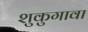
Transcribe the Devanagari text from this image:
शुकुगावा